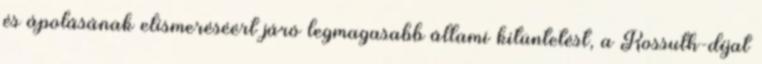
és ápolásának elismeréséért járó legmagasabb állami kitüntetést, a Kossuth-díjat